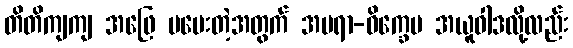
တိတိကျကျ အဖြေ မပေးတဲ့အတွက် အမရာ-ဝိက္ခေပ အယူဝါဒလို့လည်း